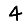
Digit: 4